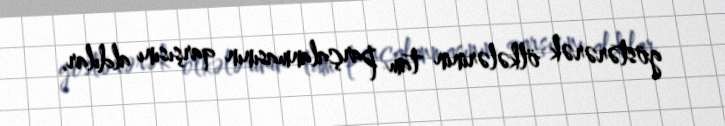
göstərərək ölkələrinin tam parçalanmasının qarşısını aldılar.